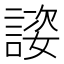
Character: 𬢴